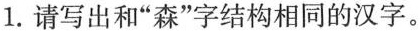
1.请写出和”森”字结构相同的汉字。